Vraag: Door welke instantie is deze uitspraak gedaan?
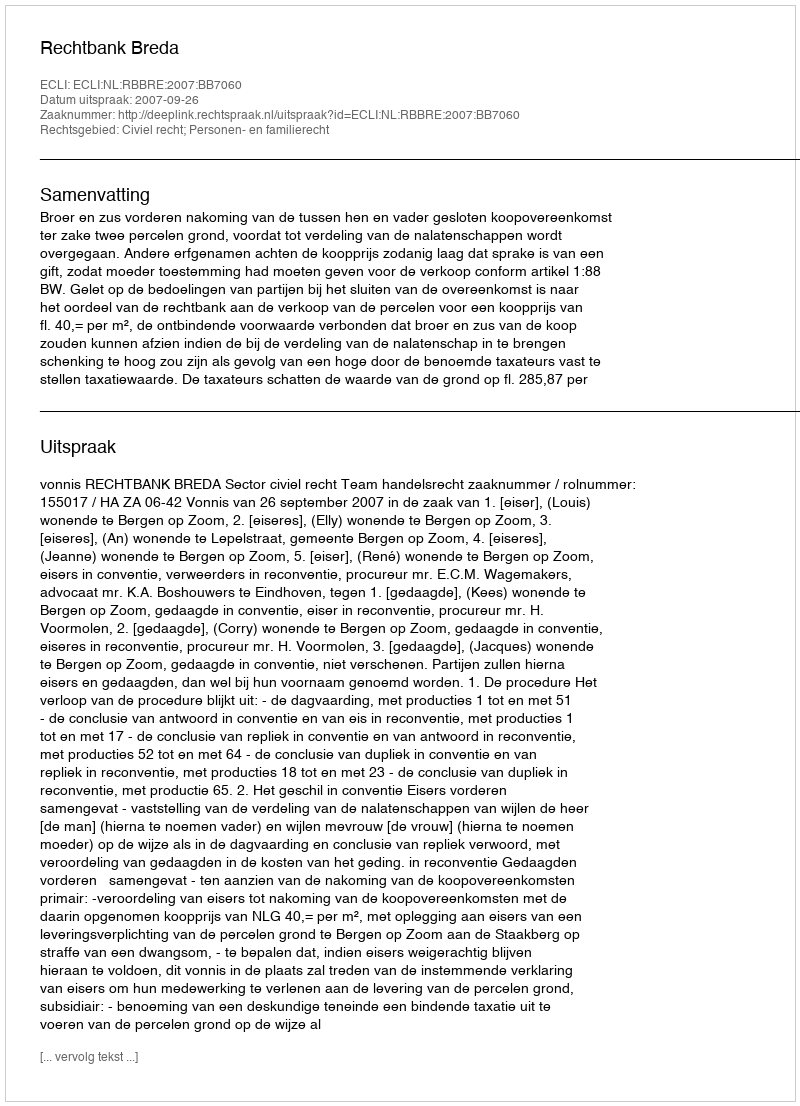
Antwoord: Rechtbank Breda